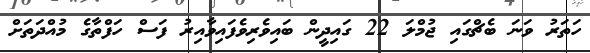
ހަތަރު ވަނަ ބެޗްގައި ޖުމްލަ 22 ގައިދީން ބައިވެރިވެފައިވާއިރު ފަސް ހަފްތާގެ މުއްދަތަށް